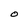
Character: O